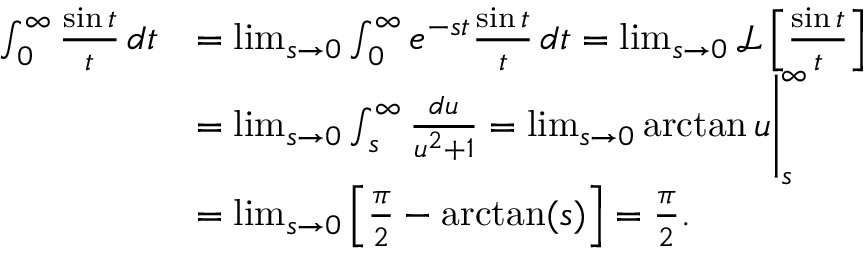
{ \begin{array} { r l } { \int _ { 0 } ^ { \infty } { \frac { \sin t } { t } } \, d t } & { = \operatorname* { l i m } _ { s \to 0 } \int _ { 0 } ^ { \infty } e ^ { - s t } { \frac { \sin t } { t } } \, d t = \operatorname* { l i m } _ { s \to 0 } { \mathcal { L } } \left[ { \frac { \sin t } { t } } \right] } \\ & { = \operatorname* { l i m } _ { s \to 0 } \int _ { s } ^ { \infty } { \frac { d u } { u ^ { 2 } + 1 } } = \operatorname* { l i m } _ { s \to 0 } \arctan u { \Biggr | } _ { s } ^ { \infty } } \\ & { = \operatorname* { l i m } _ { s \to 0 } \left[ { \frac { \pi } { 2 } } - \arctan ( s ) \right] = { \frac { \pi } { 2 } } . } \end{array} }